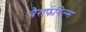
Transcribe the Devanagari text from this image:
बैराफेंगिल्स